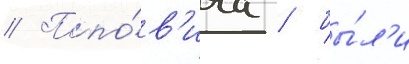
// Попо́в'ича / бы́л'и